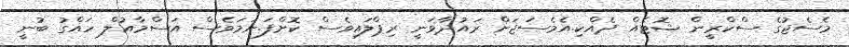
މެސެޖުގެ ސްކްރީން ޝޮޓެއް ދެއްކި.އެމެސަޖަށް ރައުދާވަނީ ރިޕްލައިވެސް ކޮށްފަ.ނަމަވެސް އަސްމާއުލް ހައްގު ބުނީ